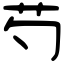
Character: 芍